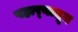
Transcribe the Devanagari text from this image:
पहार्‍यातून